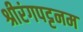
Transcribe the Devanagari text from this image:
श्रीरंगपट्टनम